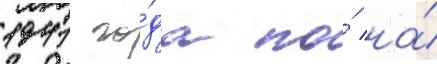
1941 го́да по́ на́